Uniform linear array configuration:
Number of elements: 4
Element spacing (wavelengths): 0.5
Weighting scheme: uniform
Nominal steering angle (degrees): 15
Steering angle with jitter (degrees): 16.881
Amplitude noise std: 0.05
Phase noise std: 0.05

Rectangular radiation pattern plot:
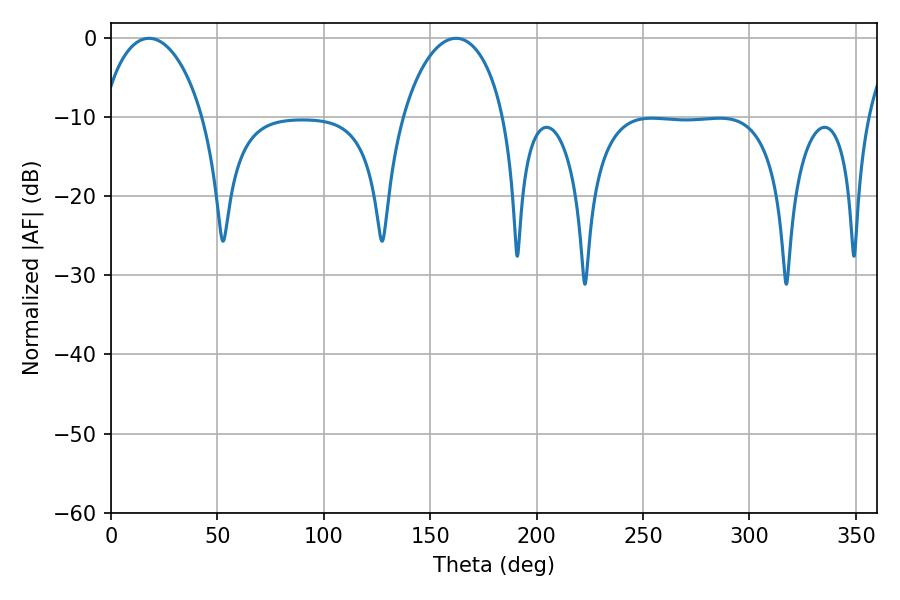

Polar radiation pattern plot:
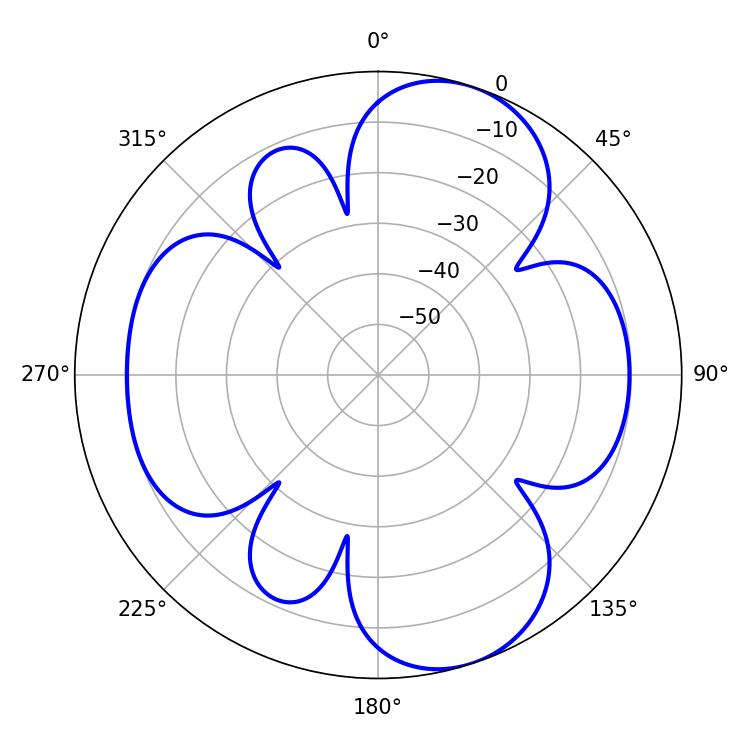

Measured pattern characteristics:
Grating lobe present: FALSE
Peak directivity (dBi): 8.821
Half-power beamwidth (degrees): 27.36
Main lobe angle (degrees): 17.82